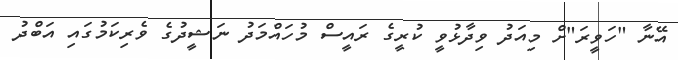
އޭނާ "ހަވީރަ"ށް މިއަދު ވިދާޅުވީ ކުރީގެ ރައީސް މުހައްމަދު ނަޝީދުގެ ވެރިކަމުގައި އަބްދު